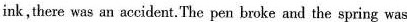
ink, then was an accident. The pen broke and the spring was